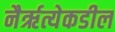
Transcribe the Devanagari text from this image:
नैरृत्येकडील